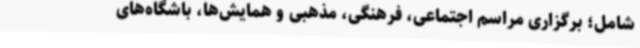
شامل؛ برگزاری مراسم اجتماعی، فرهنگی، مذهبی و همایش‌ها، باشگاه‌های